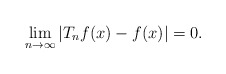
\begin{align*}\lim_{n \to \infty} {| T_nf(x) - f(x)|} =0. \end{align*}